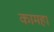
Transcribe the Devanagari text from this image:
कामहा